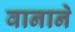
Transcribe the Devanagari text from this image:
वानाने